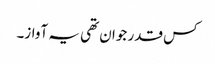
کس قدر جوان تھی یہ آواز۔